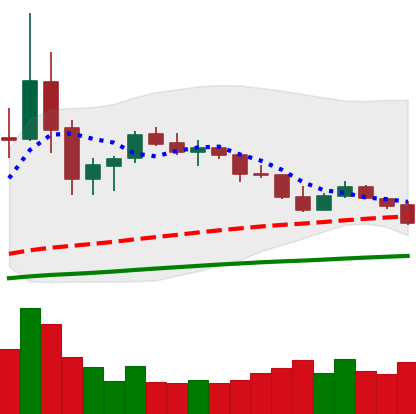
Ticker: TRX-USD
Chart end date: 2020-09-21
Forward return: 9.008%
Label: up_7plus